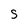
Character: S